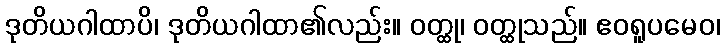
ဒုတိယဂါထာပိ၊ ဒုတိယဂါထာ၏လည်း။ ဝတ္ထု၊ ဝတ္ထုသည်။ ဧဝရူပမေဝ၊